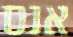
אנס